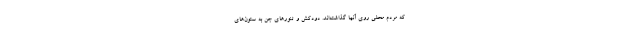
که مردم محلی روی آنها گذاشته‌اند. دودکش و تنورهای جن به ستون‌های